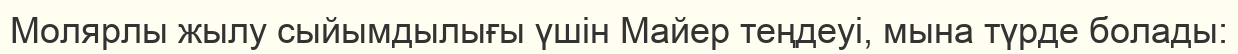
Молярлы жылу сыйымдылығы үшін Майер теңдеуі, мына түрде болады: